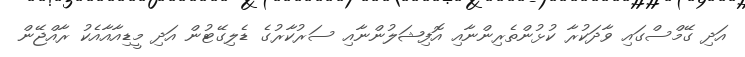
އަދި ގޭމްސްގައި ވާދަކުރާ ކުޅުންތެރިންނާއި އޮފިޝަލުންނާއި ސަރުކާރުގެ ޑެލިގޭޓުން އަދި މީޑިއާއާއެކު ރާއްޖޭން